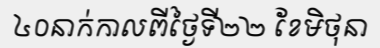
៤០នាក់កាលពីថ្ងៃទី២២ ខែមិថុនា